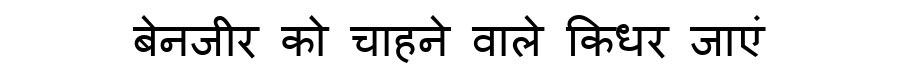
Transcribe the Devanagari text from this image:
बेनजीर को चाहने वाले किधर जाएं